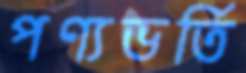
পণ্যভর্তি